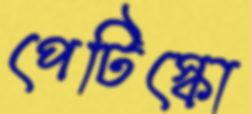
পেটিস্কো